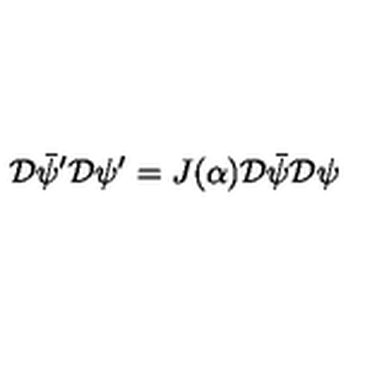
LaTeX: { \cal D } \bar { \psi } ^ { \prime } { \cal D } \psi ^ { \prime } = J ( \alpha ) { \cal D } \bar { \psi } { \cal D } \psi